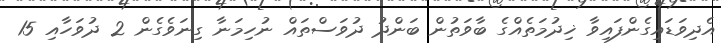
އެދިވަޑައިގެންފައިވާ ޚިދުމަތެއްގެ ބާވަތުން ބަންދު ދުވަސްތައް ނުހިމަނާ ގިނަވެގެން 2 ދުވަހާއި 15